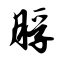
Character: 脬